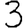
Digit: 3